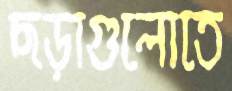
ছড়াগুলোতে